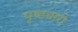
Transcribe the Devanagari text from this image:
पृष्ठधारी